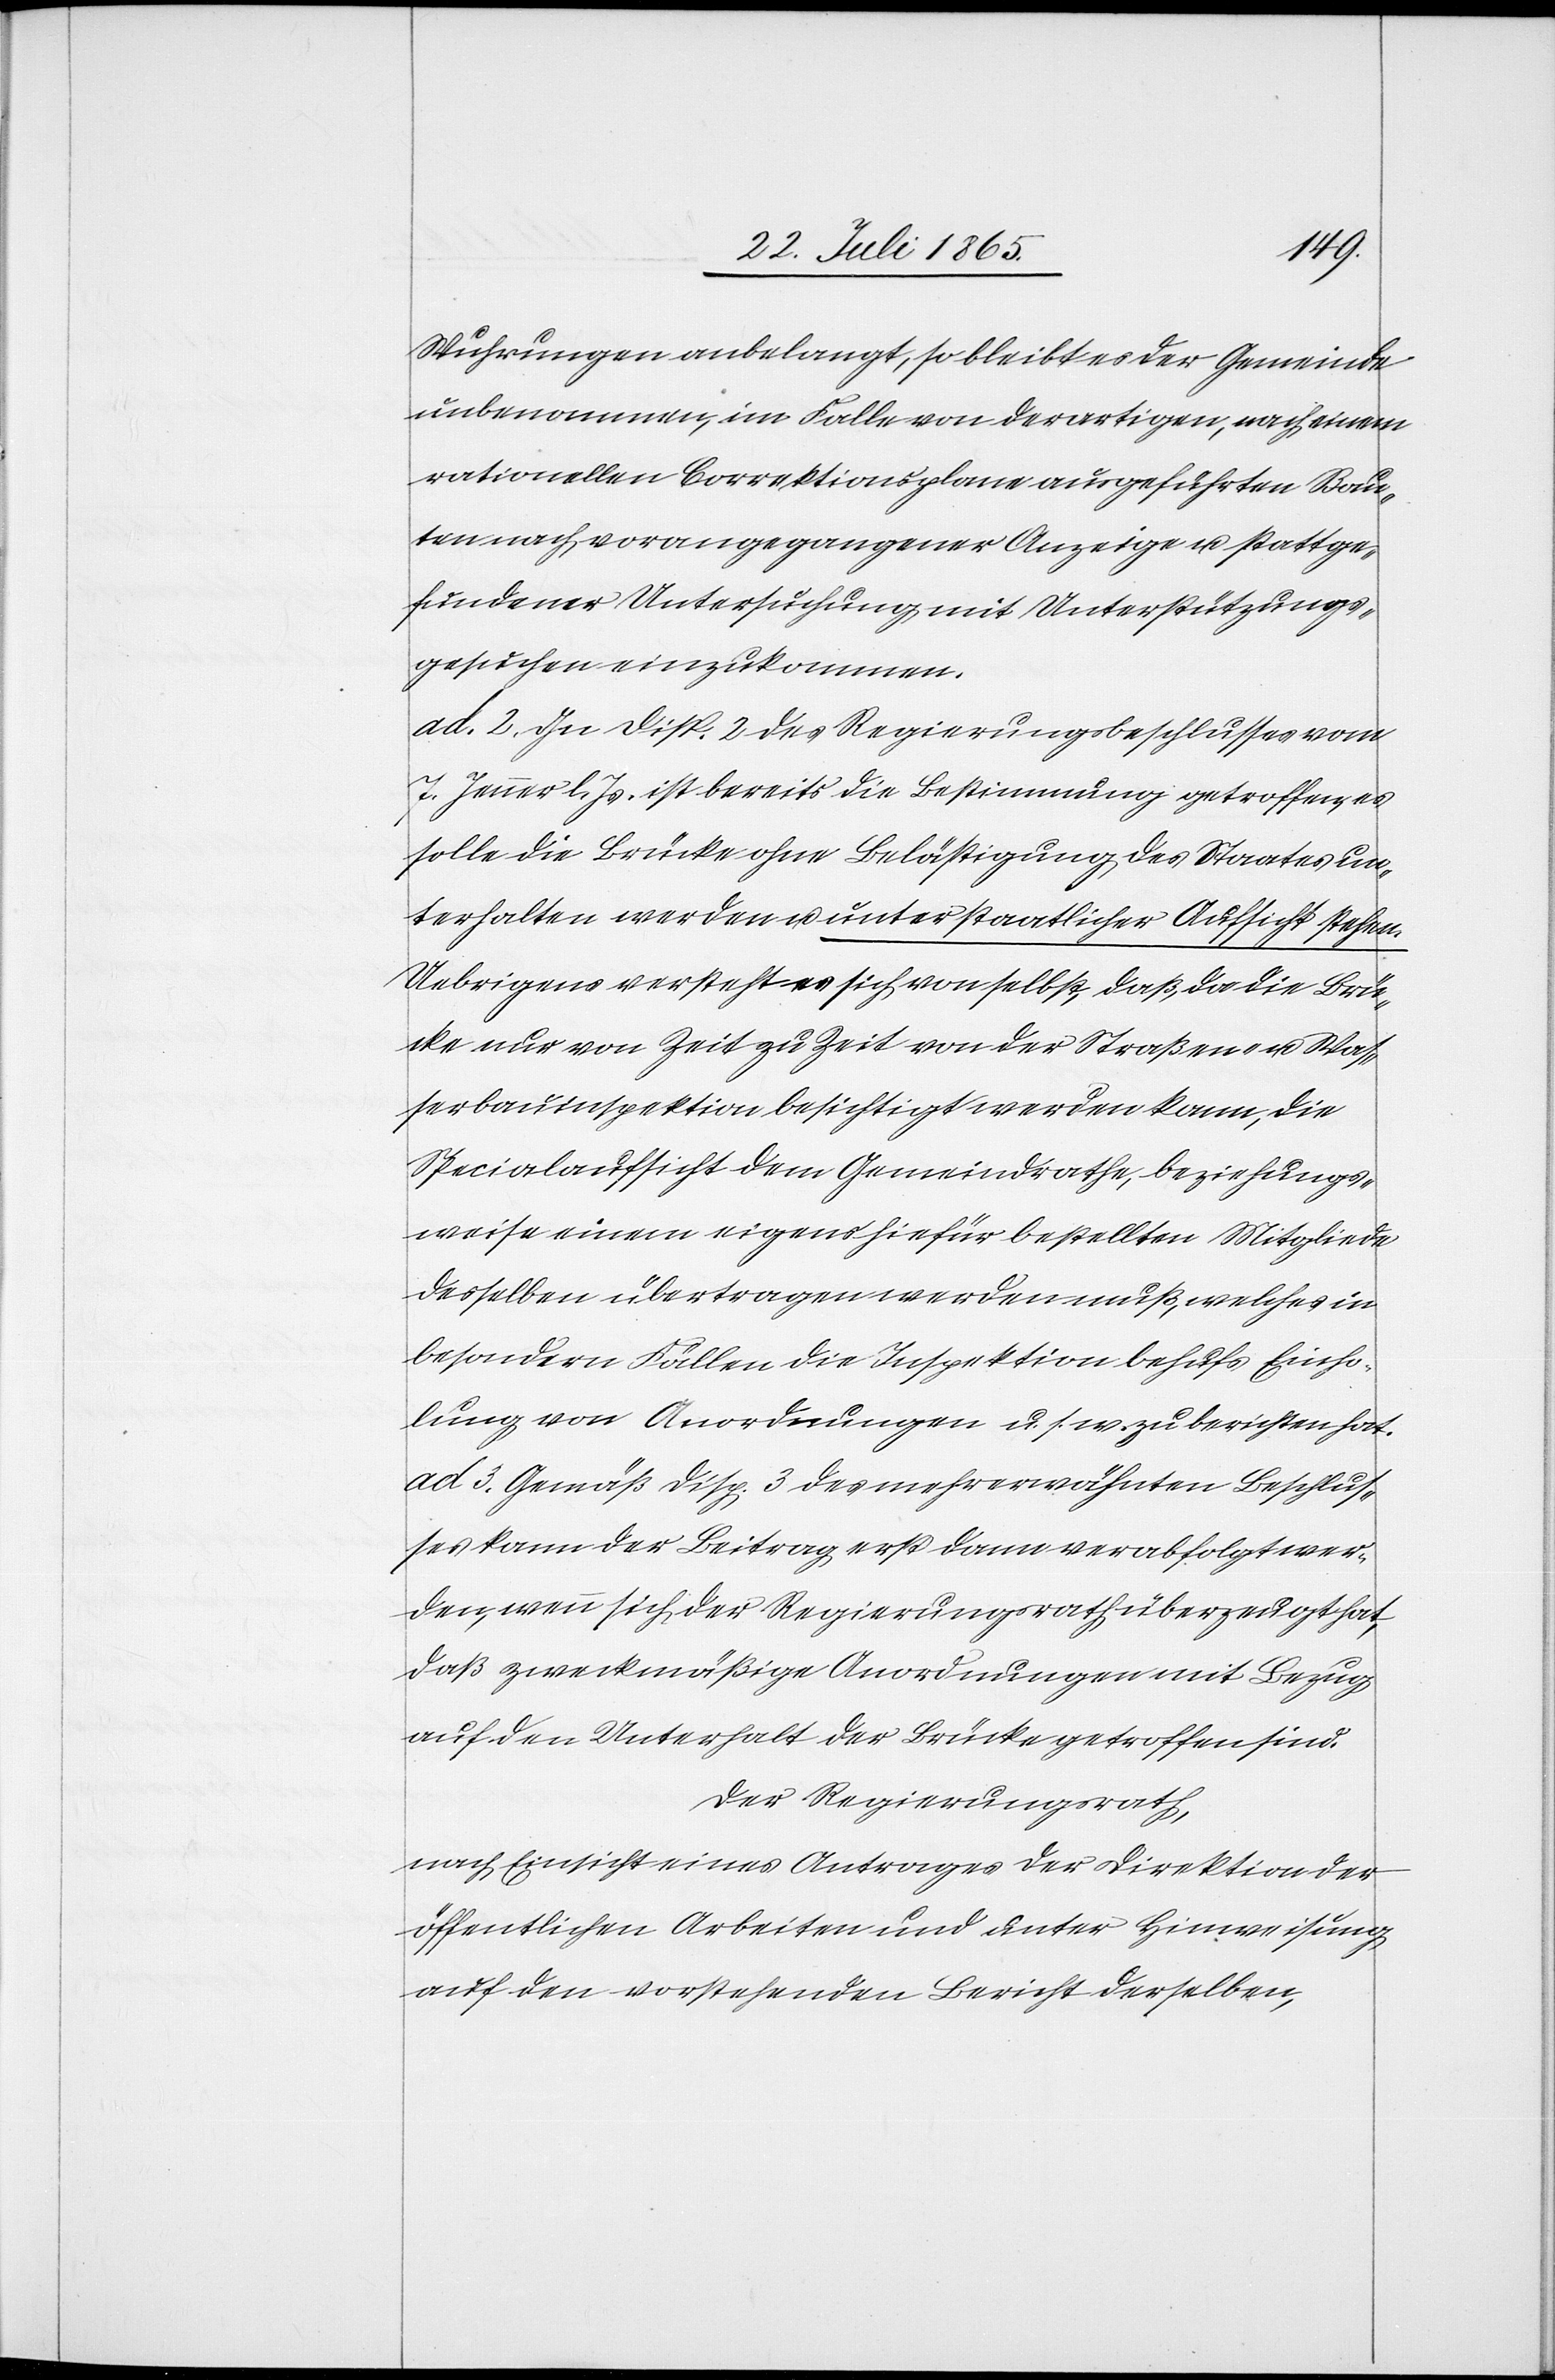
Wuhrungen anbelangt, so bleibt es der Gemeinde
unbenommen, im Falle von derartigen, nach einem
rationellen Correktionsplane ausgeführten Bau¬
ten nach vorangegangener Anzeige u. stattge¬
fundener Untersuchung mit Unterstützungs¬
gesuchen einzukommen.
ad. 2. In Disp. 2 des Regierungsbeschlusses vom
7. Jenner l. Js. ist bereits die Bestimmung getroffen, es
solle die Brücke ohne Belästigung des Staates un¬
terhalten werden u. unter staatlicher Aufsicht stehen.
Uebrigens versteht es sich von selbst, daß, da die Brü¬
cke nur von Zeit zu Zeit von der Straßen- u. Was¬
serbauinspektion besichtigt werden kann, die
Specialaufsicht dem Gemeindrathe, beziehungs¬
weise einen eigens hiefür bestellten Mitgliede
desselben übertragen werden muß, welches in
besondern Fällen die Inspektion behufs Einho¬
lung von Anordnungen u. s. w. zu berichten hat.
ad 3. Gemäß Disp. 3 des mehrerwähnten Beschlus¬
ses kann der Beitrag erst dann verabfolgt wer¬
den, wenn sich der Regierungsrath überzeugt hat,
daß zweckmäßige Anordnungen mit Bezug
auf den Unterhalt der Brücke getroffen sind.
Der Regierungsrath,
nach Einsicht eines Antrages der Direktion der
öffentlichen Arbeiten und unter Hinweisung
auf den vorstehenden Bericht derselben,